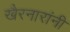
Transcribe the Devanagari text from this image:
खैरनारांनी